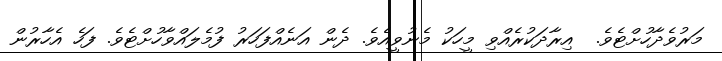
މަރުވެދާހުށްޓެވެ.  އިރާދަކުރެއްވި މީހަކު މެނުވީއެވެ. ދެން އަނެއްފަހަރު ފުމެލައްވާހުށްޓެވެ. ފަހެ އެހާރުން